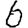
Digit: 6